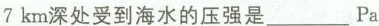
7km深处受到海水的压强是___P_{A}